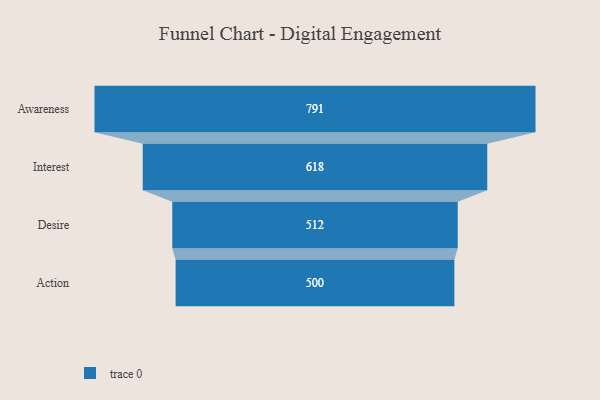
{"axis": {"x": "Stage", "y": "Value"}, "legend": [""], "data": [{"x": "Awareness", "y": 791.0, "type": ""}, {"x": "Interest", "y": 618.0, "type": ""}, {"x": "Desire", "y": 512.0, "type": ""}, {"x": "Action", "y": 500, "type": ""}]}